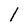
Character: 1